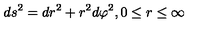
d s ^ { 2 } = d r ^ { 2 } + r ^ { 2 } d \varphi ^ { 2 } , 0 \leq r \leq \infty